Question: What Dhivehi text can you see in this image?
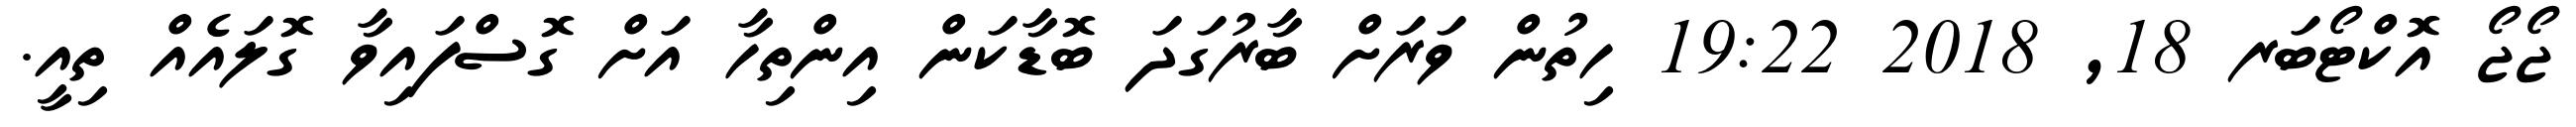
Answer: ޖޯޖޯ އޮކްޓޯބަރ 18, 2018 19:22 ހިތުން ވަރަށް ބާރުގަދަ ބޮޑާކަން އިންތިހާ އަށް ގޮސްފައިވާ ގޮލައެއް ތިއީ.